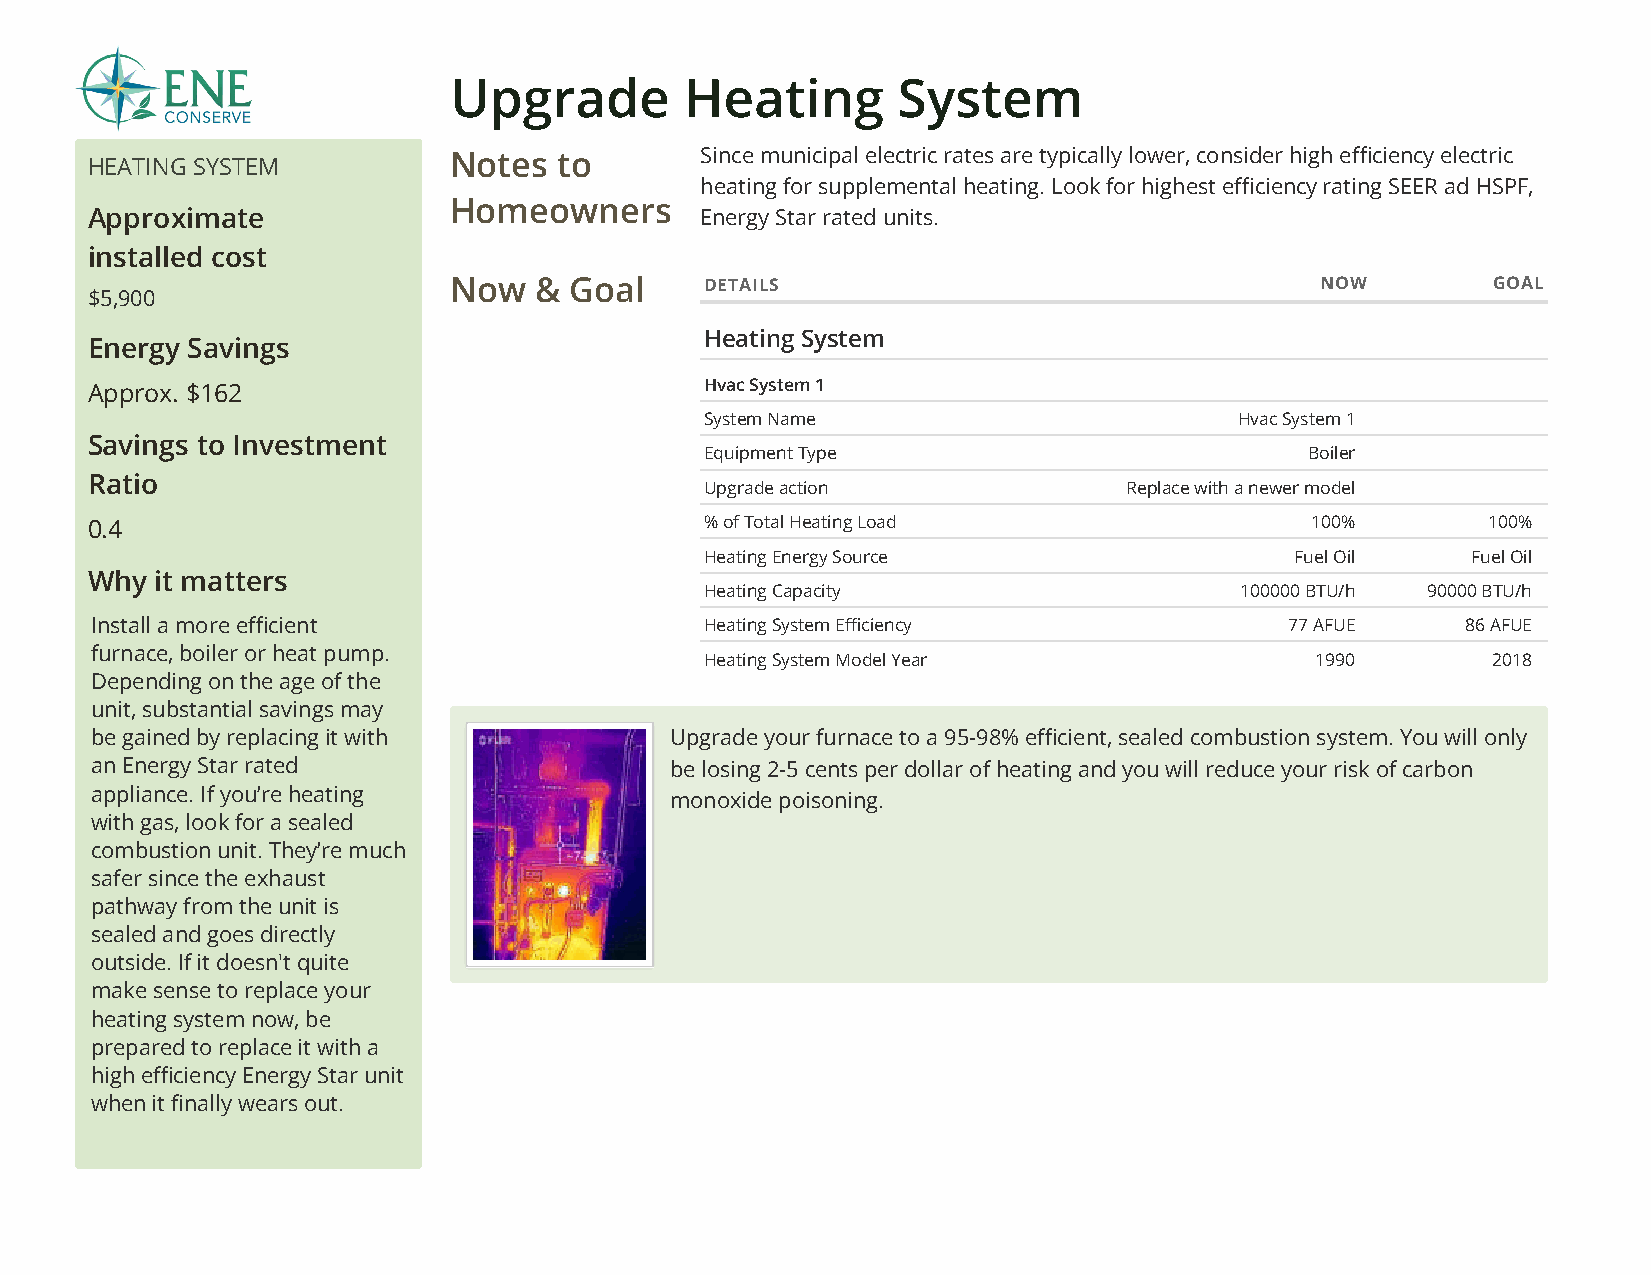
Upgrade        Heating       System
 HEATING SYSTEM          Notes  to       Since municipal electric rates are typically lower, consider high eciency electric
 heating for supplemental heating. Look for highest eciency rating SEER ad HSPF,
 Homeowners
 Approximate                             Energy Star rated units.
 installed cost
 Now  &  Goal     DETAILS                                 NOW         GOAL
 $5,900
 Heating System
 Energy Savings
 Approx. $162                             Hvac System 1
 System Name                        Hvac System 1
 Savings to Investment
 Equipment Type                          Boiler
 Ratio
 Upgrade action             Replace with a newer model
 0.4                                      % of Total Heating Load                 100%       100%
 Heating Energy Source                  Fuel Oil   Fuel Oil
 Why it matters
 Heating Capacity                   100000 BTU/h 90000 BTU/h
 Install a more ecient                   Heating System Eciency               77 AFUE     86 AFUE
 furnace, boiler or heat pump.
 Heating System Model Year               1990        2018
 Depending on the age of the
 unit, substantial savings may
 be gained by replacing it with        Upgrade your furnace to a 95-98% ecient, sealed combustion system. You will only
 an Energy Star rated                  be losing 2-5 cents per dollar of heating and you will reduce your risk of carbon
 appliance. If you’re heating
 monoxide poisoning.
 with gas, look for a sealed
 combustion unit. They’re much
 safer since the exhaust
 pathway from the unit is
 sealed and goes directly
 outside. If it doesn't quite
 make sense to replace your
 heating system now, be
 prepared to replace it with a
 high eciency Energy Star unit
 when it nally wears out.